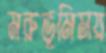
মরুভূমিময়